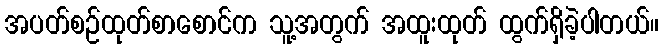
အပတ်စဉ်ထုတ်စာစောင်က သူ့အတွက် အထူးထုတ် ထွက်ရှိခဲ့ပါတယ်။